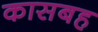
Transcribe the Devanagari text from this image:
कासबह